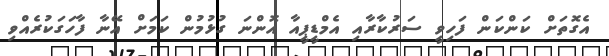
އެގޮތަށް ކަންކަން ފަހިވީ ސަރުކާރާއި އެމްޑީޕީއާ އޮންނަ ގުޅުމުން ކަމަށް އޭނާ ފާހަގަކުރެއްވި